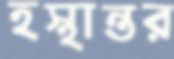
হস্থান্তর